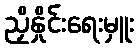
ညှိနှိုင်းရေးမှူး